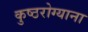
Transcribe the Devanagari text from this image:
कुष्ठरोग्याना